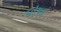
પોષકો